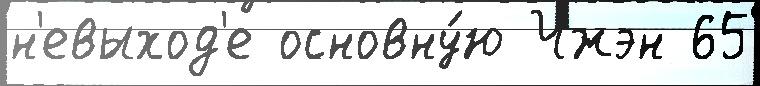
н'евыход'е основну́ю Чжэн 65